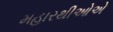
મહારથીઓએ